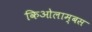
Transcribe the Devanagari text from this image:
किओलाम्बस